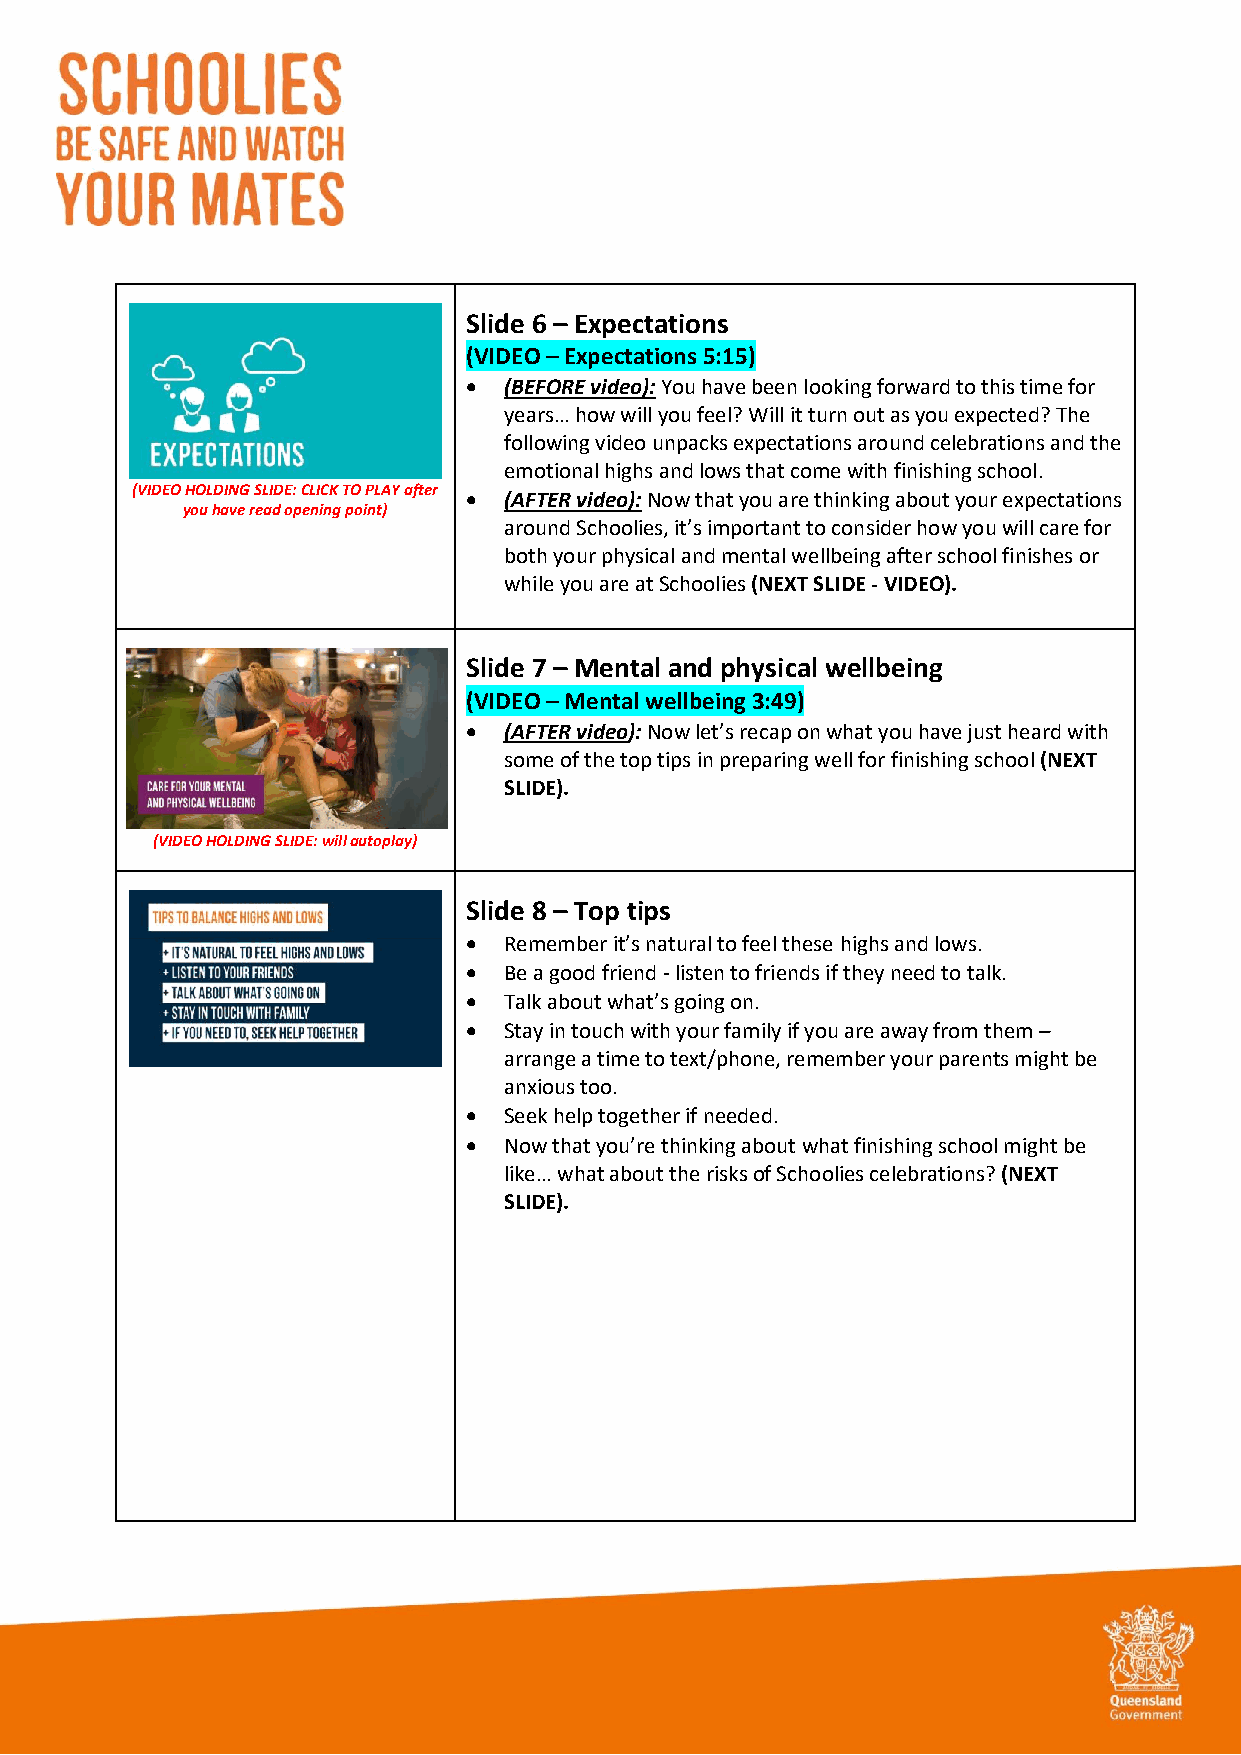
Slide 6 – Expectations
 (VIDEO – Expectations 5:15)
 • (BEFORE video): You have been looking forward to this time for
 years… how will you feel? Will it turn out as you expected? The
 following video unpacks expectations around celebrations and the
 emotional highs and lows that come with finishing school.
 (VIDEO HOLDING SLIDE: CLICK TO PLAY after
 • (AFTER video): Now that you are thinking about your expectations
 you have read opening point)
 around Schoolies, it’s important to consider how you will care for
 both your physical and mental wellbeing after school finishes or
 while you are at Schoolies (NEXT SLIDE - VIDEO).
 Slide 7 – Mental and physical wellbeing
 (VIDEO – Mental wellbeing 3:49)
 • (AFTER video): Now let’s recap on what you have just heard with
 some of the top tips in preparing well for finishing school (NEXT
 SLIDE).
 (VIDEO HOLDING SLIDE: will autoplay)
 Slide 8 – Top tips
 • Remember it’s natural to feel these highs and lows.
 • Be a good friend - listen to friends if they need to talk.
 • Talk about what’s going on.
 • Stay in touch with your family if you are away from them –
 arrange a time to text/phone, remember your parents might be
 anxious too.
 • Seek help together if needed.
 • Now that you’re thinking about what finishing school might be
 like… what about the risks of Schoolies celebrations? (NEXT
 SLIDE).